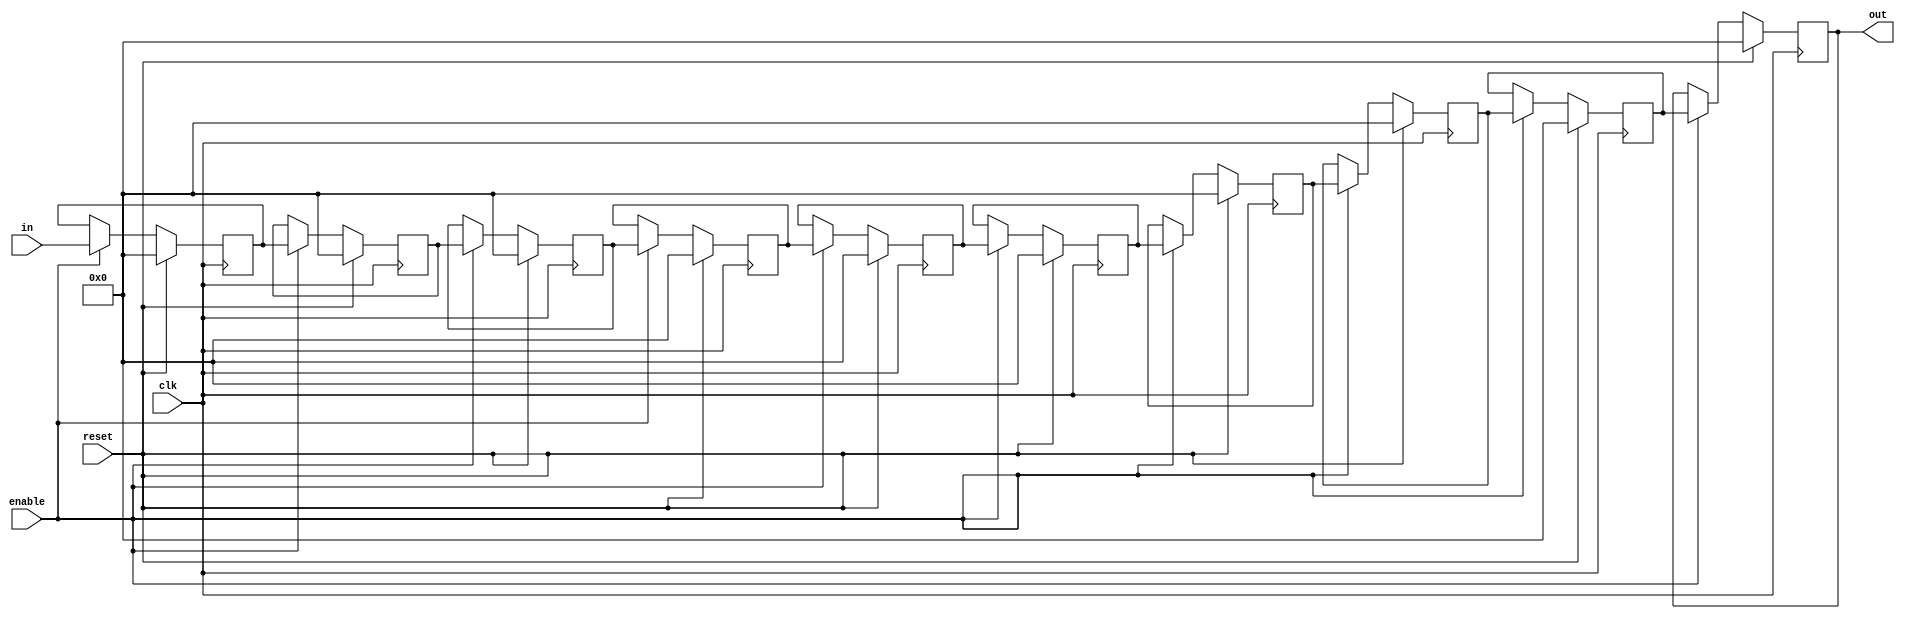
`define SIMULATION_MEMORY

module shift_register_unit_18_10 (
	input clk,
	input reset,
	input enable,
	input [17:0] in,
	output [17:0] out
);

reg [17:0] shift_registers_0;
reg [17:0] shift_registers_1;
reg [17:0] shift_registers_2;
reg [17:0] shift_registers_3;
reg [17:0] shift_registers_4;
reg [17:0] shift_registers_5;
reg [17:0] shift_registers_6;
reg [17:0] shift_registers_7;
reg [17:0] shift_registers_8;
reg [17:0] shift_registers_9;
always @ (posedge clk) begin
	if (reset) begin
		shift_registers_0 <= 18'd0;
		shift_registers_1 <= 18'd0;
		shift_registers_2 <= 18'd0;
		shift_registers_3 <= 18'd0;
		shift_registers_4 <= 18'd0;
		shift_registers_5 <= 18'd0;
		shift_registers_6 <= 18'd0;
		shift_registers_7 <= 18'd0;
		shift_registers_8 <= 18'd0;
		shift_registers_9 <= 18'd0;
	end else if (enable) begin
		shift_registers_0 <= in;
		shift_registers_1 <= shift_registers_0;
		shift_registers_2 <= shift_registers_1;
		shift_registers_3 <= shift_registers_2;
		shift_registers_4 <= shift_registers_3;
		shift_registers_5 <= shift_registers_4;
		shift_registers_6 <= shift_registers_5;
		shift_registers_7 <= shift_registers_6;
		shift_registers_8 <= shift_registers_7;
		shift_registers_9 <= shift_registers_8;
	end
end

assign out = shift_registers_9;

endmodule